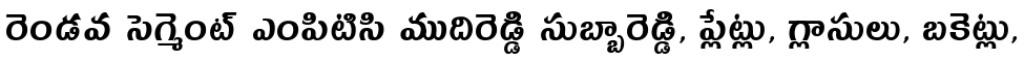
రెండవ సెగ్మెంట్ ఎంపిటిసి ముదిరెడ్డి సుబ్బారెడ్డి, ప్లేట్లు, గ్లాసులు, బకెట్లు,